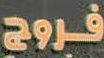
فروج